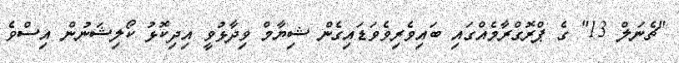
"ޗެނަލް 13" ގެ ޕްރޮގްރާމެއްގައި ބައިވެރިވެވަޑައިގެން ޝިޔާމް ވިދާޅުވީ އިދިކޮޅު ކޯލިޝަނުން އިސްވެ